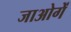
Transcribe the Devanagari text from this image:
जाओगें